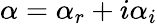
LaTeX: \alpha=\alpha_{r}+i\alpha_{i}